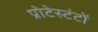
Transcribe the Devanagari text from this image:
प्रोटेस्टंटों